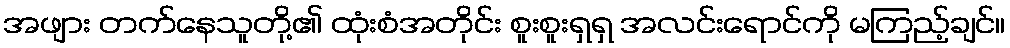
အဖျား တက်နေသူတို့၏ ထုံးစံအတိုင်း စူးစူးရှရှ အလင်းရောင်ကို မကြည့်ချင်။